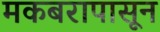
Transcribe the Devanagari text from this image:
मकबरापासून